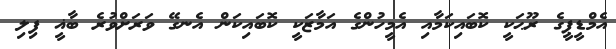
އެމްޑީޕީގެ ރޫޙަކީ ކޮބައިކަމާއި އެމީހުންގެ އަމާޒަކީ ކޮބައިކަން އެނގޭ ވަރަށްވުރެ ބާޣީ ފިލި